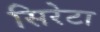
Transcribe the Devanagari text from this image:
सिरेटा